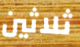
ثلاثين